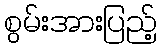
စွမ်းအားပြည့်